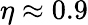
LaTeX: \eta\approx 0.9